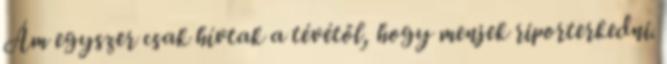
Ám egyszer csak hívtak a tévétől, hogy menjek riporterkedni.